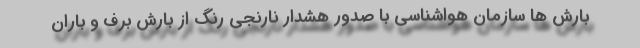
بارش ها سازمان هواشناسی با صدور هشدار نارنجی رنگ از بارش برف و باران